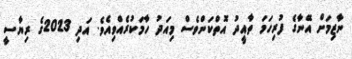
ނާޒިމަށް އޭނާގެ ފުރިހަމަ ތާއީދު އޮތްކަންވެސް މިއަދު ހާމަކުރެއްވިއެވެ. އަދި 2023ގެ ރިޔާސީ